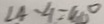
\angle 4 - \angle 1 = 4 0 ^ { \circ }